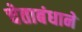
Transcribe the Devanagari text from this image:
चेताबंधाने